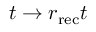
t \to r _ { \mathrm { r e c } } t